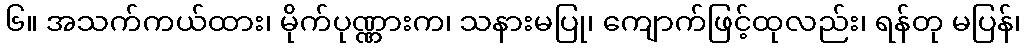
၆။ အသက်ကယ်ထား၊ မိုက်ပုဏ္ဏားက၊ သနားမပြု၊ ကျောက်ဖြင့်ထုလည်း၊ ရန်တု မပြန်၊